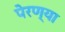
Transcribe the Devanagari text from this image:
पेरण्या